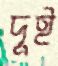
দুই